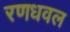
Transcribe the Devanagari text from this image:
रणधवल